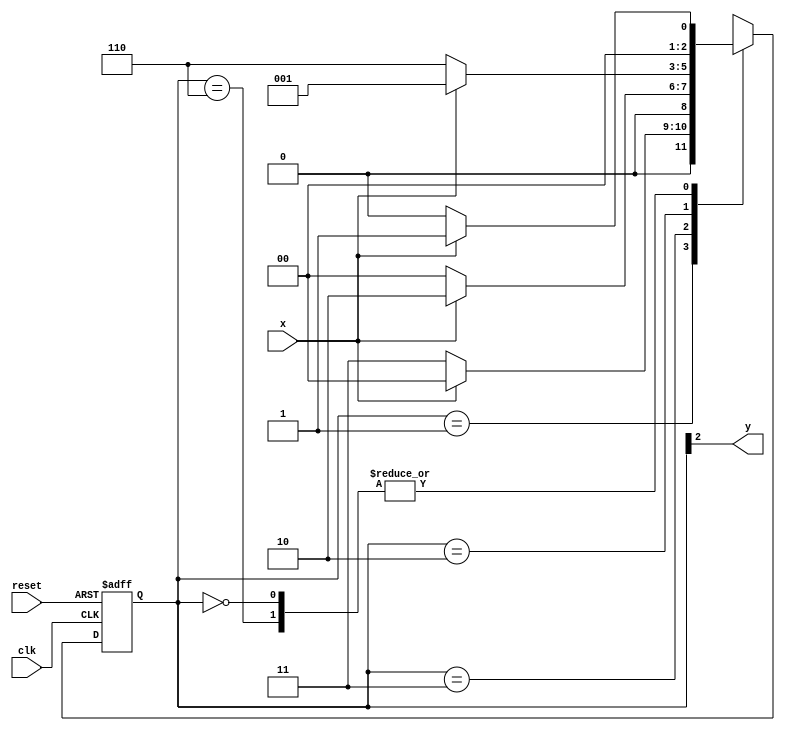
// --- Moore FSM -----------------------
// -------------------------------------
// constant definition
`define found 1
`define notfound 0
// FSM by Moore
module Moore1010 ( y, x, clk, reset );
output y;
input x;
input clk;
input reset;
reg y;
parameter // state identifiers
start = 3'b000,
id1 = 3'b001,
id10 = 3'b011,
id101 = 3'b010,
id1010 = 3'b110; // signal found
reg [2:0] E1; // current state variables
reg [2:0] E2; // next state logic output
// next state logic
always @( x or E1 )
begin
case( E1 )
start:
if ( x )
E2 = id1;
else
E2 = start;
id1:
if ( x )
E2 = start;
else
E2 = id10;
id10:
if ( x )
E2 = id101;
else
E2 = start;
id101:
if ( x )
E2 = id1;
else
E2 = id1010;
id1010:
if ( x )
E2 = id1;
else
E2 = start;
default: // undefined statee
E2 = 3'bxxx;
endcase
end // always at signal or state changing
// state variables
always @( posedge clk or negedge reset )
begin
if ( reset )
E1 = E2; // updates current state
else
E1 = 0; // reset
end // always at signal changing
// output logic
always @( E1 )
begin
y = E1[2]; // first bit of state value (MOORE indicator)
end // always at state changing
endmodule // moore1101